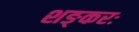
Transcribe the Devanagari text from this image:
शङ्करः